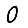
Digit: 0